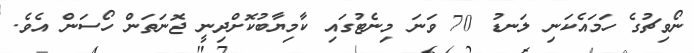
ނޯވިޗުގެ ހަމައެކަނި ލަނޑު 70 ވަނަ މިނެޓުގައި ކާމިޔާބުކޮށްދިނީ ޖޮނަތަން ހޯސަން އެވެ.